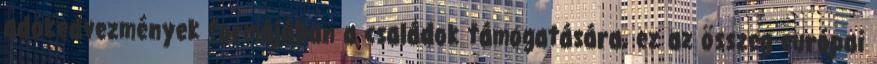
adókedvezmények formájában a családok támogatására, ez az összeg európai